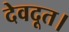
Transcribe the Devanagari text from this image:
देवदूत।